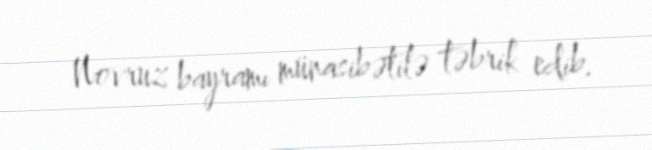
Novruz bayramı münasibətilə təbrik edib.